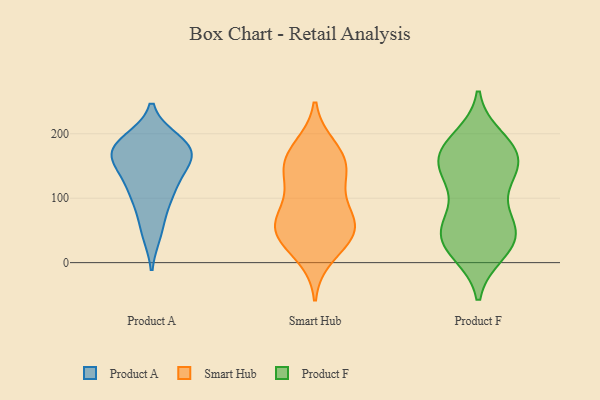
{"axis": {"x": "Active Users", "y": "Value"}, "legend": ["Product A", "Product F", "Smart Hub"], "data": [{"x": "", "y": 119, "type": "Product A"}, {"x": "", "y": 190, "type": "Product A"}, {"x": "", "y": 85, "type": "Product A"}, {"x": "", "y": 45, "type": "Product A"}, {"x": "", "y": 186, "type": "Product A"}, {"x": "", "y": 170, "type": "Product A"}, {"x": "", "y": 117, "type": "Product A"}, {"x": "", "y": 174, "type": "Product A"}, {"x": "", "y": 159, "type": "Product A"}, {"x": "", "y": 155, "type": "Product A"}, {"x": "", "y": 126, "type": "Smart Hub"}, {"x": "", "y": 151, "type": "Smart Hub"}, {"x": "", "y": 158, "type": "Smart Hub"}, {"x": "", "y": 86, "type": "Smart Hub"}, {"x": "", "y": 64, "type": "Smart Hub"}, {"x": "", "y": 54, "type": "Smart Hub"}, {"x": "", "y": 131, "type": "Smart Hub"}, {"x": "", "y": 38, "type": "Smart Hub"}, {"x": "", "y": 167, "type": "Smart Hub"}, {"x": "", "y": 50, "type": "Smart Hub"}, {"x": "", "y": 42, "type": "Smart Hub"}, {"x": "", "y": 65, "type": "Smart Hub"}, {"x": "", "y": 179, "type": "Smart Hub"}, {"x": "", "y": 11, "type": "Smart Hub"}, {"x": "", "y": 43, "type": "Product F"}, {"x": "", "y": 147, "type": "Product F"}, {"x": "", "y": 165, "type": "Product F"}, {"x": "", "y": 143, "type": "Product F"}, {"x": "", "y": 192, "type": "Product F"}, {"x": "", "y": 103, "type": "Product F"}, {"x": "", "y": 54, "type": "Product F"}, {"x": "", "y": 172, "type": "Product F"}, {"x": "", "y": 168, "type": "Product F"}, {"x": "", "y": 174, "type": "Product F"}, {"x": "", "y": 64, "type": "Product F"}, {"x": "", "y": 52, "type": "Product F"}, {"x": "", "y": 54, "type": "Product F"}, {"x": "", "y": 130, "type": "Product F"}, {"x": "", "y": 29, "type": "Product F"}, {"x": "", "y": 183, "type": "Product F"}, {"x": "", "y": 138, "type": "Product F"}, {"x": "", "y": 16, "type": "Product F"}, {"x": "", "y": 33, "type": "Product F"}, {"x": "", "y": 16, "type": "Product F"}]}